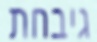
גיבחת